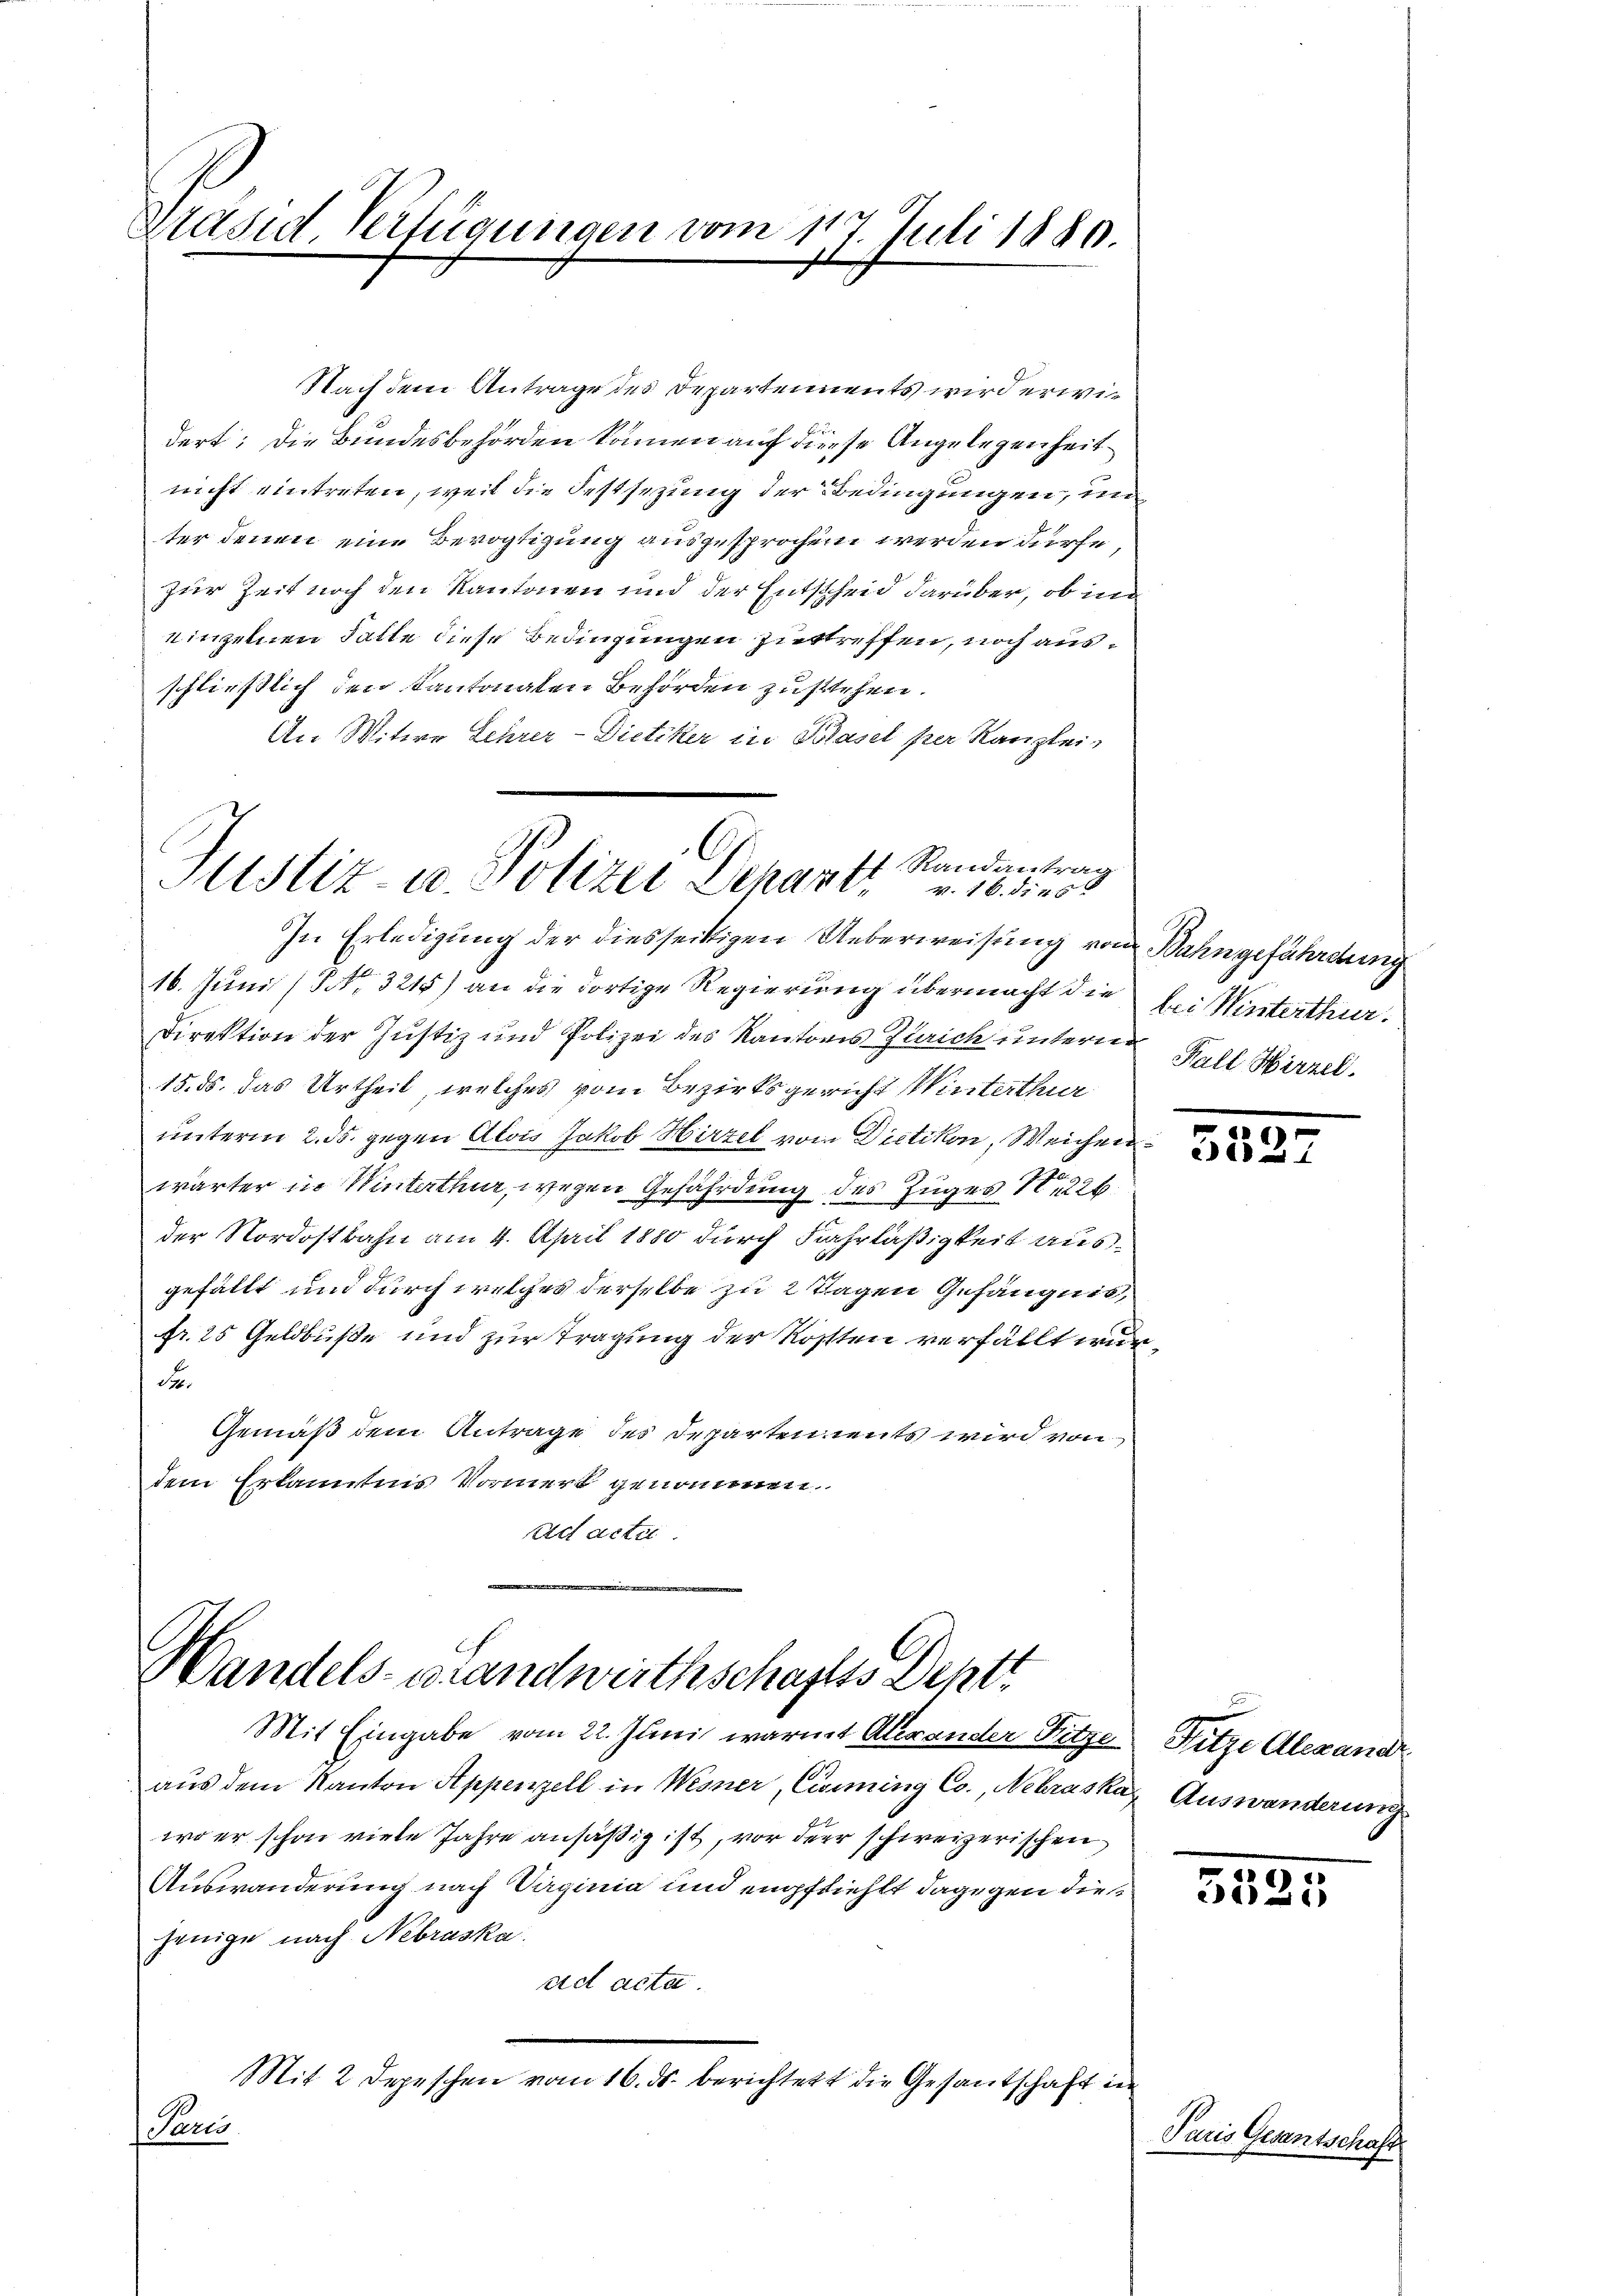
Präsid. Verfügungen vom 1
117. Juli 1880.

Nach dem Antrage des Departements wird erwidert; die Bundesbehörden können auf diese Angelegenheit
nicht eintreten, weil die Festsezung der Bedingungen, un
ter denen eine Bevogtigung ausgesprochen werden dürfe,
zur Zeit noch den Kantonen und der Entscheid darüber, ob in
einzelnen Falle diese Bedingungen zutreffen, noch ausschließlich den Kantonalen Behörden zustehen.
An Witwe Lehrer-Dietiker in Basel per Kanzlei

ff Randantrag
Astiz- u. Polizei Deharr v. 16. dies
In Erledigung der diesseitigen Ueberweisung von Bahngefährdung

Mit Eingabe vom 22. Juni warmt Alexander Sitze Hitze Alexandr

16. Juni (S. 3215) an die dortige Regierung übermacht die bei Winterthur.
Direktion der Justiz und Polizei des Kantons Zürich unterm
15. ds. das Urtheil, welches vom Bezirksgericht Winterthur
unterm 2. ds. gegen Alois Jakob Hirzel vom Dietikon, Weichen
wärter in Winterthur, wegen Gefährdung des Zuges N. 226.
der Nordostbahn am 4. April 1880 durch Fahrläßigkeit ausgefällt und durch welches derselbe zu 2 Tagen Gefängnis
fr. 25 Geldbuße und zur Tragung der Rösten verfällt wur¬
Fr.
Gemäß dem Antrage des Departements wird von
dem Erkanntnis Vormerk genommen
ad acter.
e
Handels- u Landwirthschaftss Depti

aŭs dem Kanton Appenzell in Wesner, Civiing Co., Nebraska Auswanderung
wo er schon viele Jahre ansäßig ist, vor der schweizerischen
Auswanderung nach Vaginia und empfiehlt dagegen dies
jenige nach Nebraska
ad acta.
Mit 2 Depeschen vom 16. ds. berichtet die Gesantschaft in
Pan

Fall Hirzel.

29
32

5325

Paris Gesantschaft